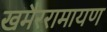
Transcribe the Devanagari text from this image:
खमैररामायण